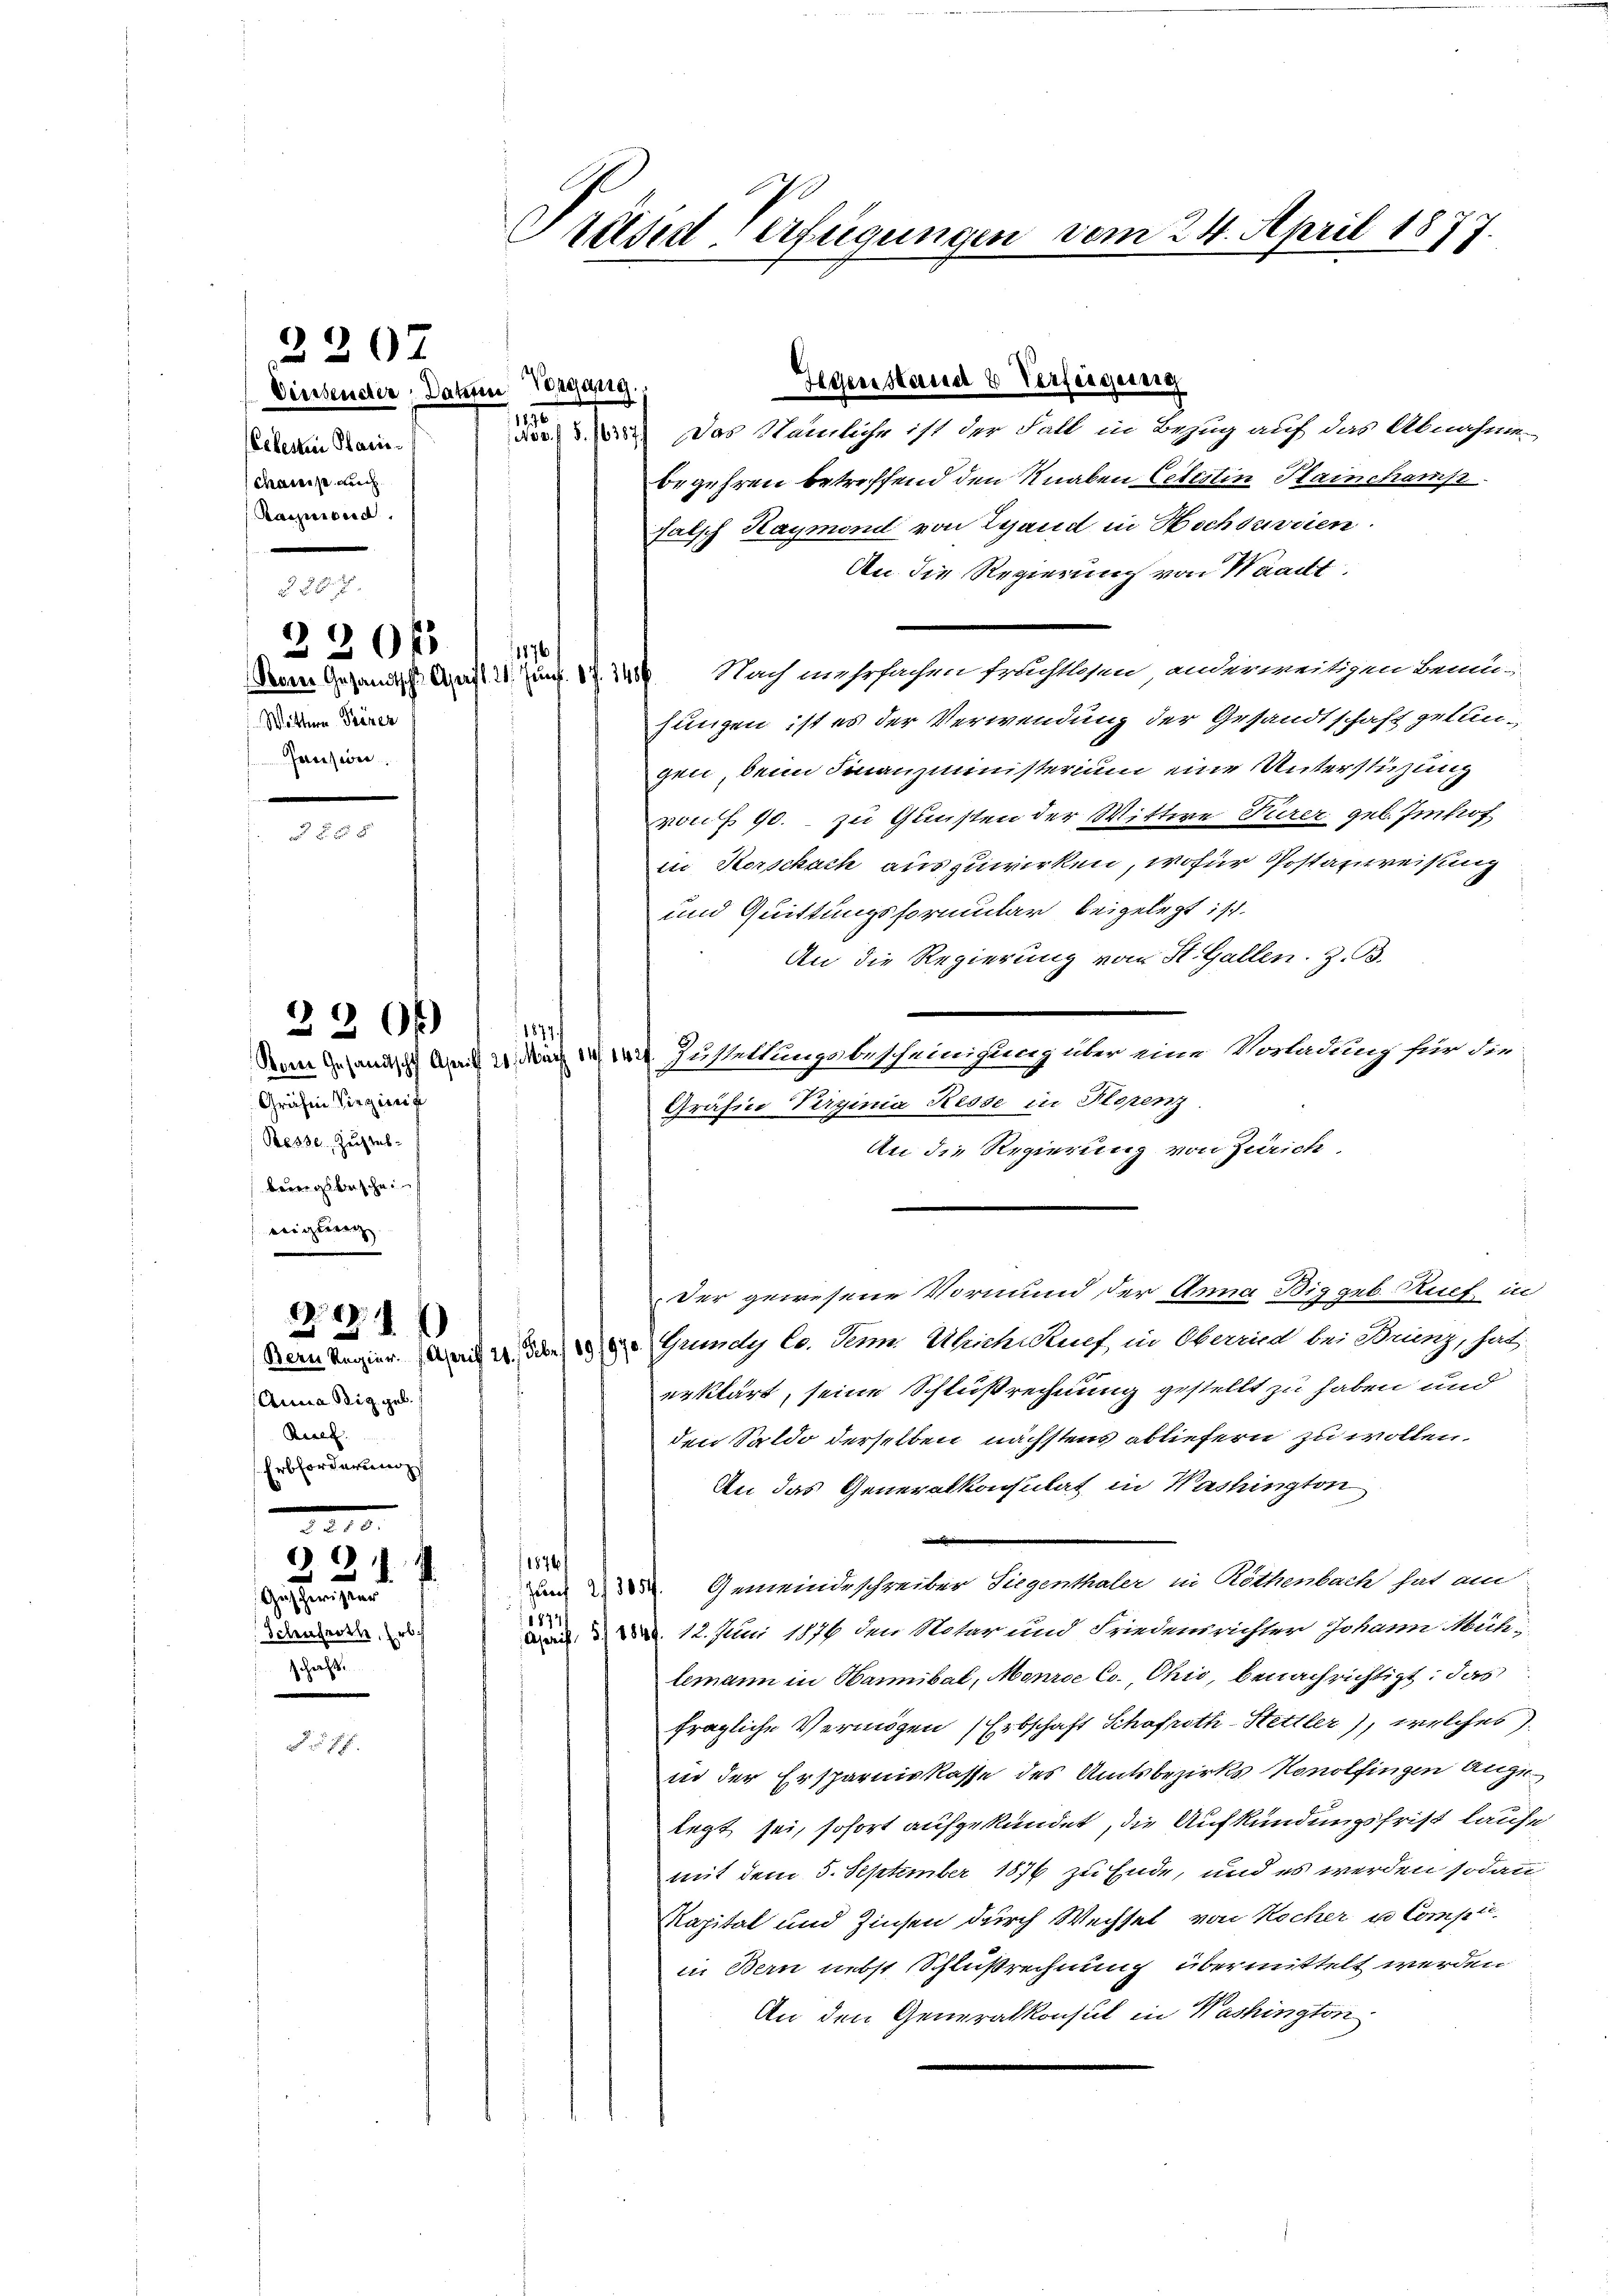
Celesen Paris
chanis durch
Paepcia

Pores Gesandtscht. April. 21. Junf. 8 f. 145
Wittwe Frener
Freesiden.

Gräfin Virginif
Besse, Zuchtes-
teungsbeschein
wichtung |

2207

230f

2206)

221)

Das Nämliche ist der Fall in Bezug auf das Abnahmen
begehren betreffend den Knaben Lebertin Plainchamst
falsch Kaymond von Land in Hochdavien
An die Regierung von Waadt,
Nach mehrfachen fruchtlosen anderweitigen Benuhungen ist es der Verwendung der Gesandtschaft gelungen, denn Finanzministerium eine Unterstüzung
von § 90. - zu Gunsten der Wittwe Nurer geb. Imhof
ii Horschach auszuwirken, wofür Postanweisung
und Quittungsformular beigelegt ist.
An die Regierung von St. Gallen. Z. B.
1877.
Denn sehend der Zustellungsbescheinigung über eine Vorladung für die
Gräfin Verginia Resse in Florenz.
An die Regierung von Zürich,
Der gewesene Vormund der Anna Big geb. Ruef in
Dem Regier. Den 2. die de Grundy le. Sei Uhichtuef in Oberrad bei Strunz, hat
erklärt, seine Schlußrechnung gestellt zu haben und
den Saldo derselben nächstens abliefern zu wollen.
An das Generalkonsulat in Washington
.
1876
m. Gemeindeschreiber Siegenthaler in Röthenbach hat am
1877/
 12. Juni 1876 den Notar und Friedensrichter Johann Mühi-
lemann in Hannibal, Monroe Co., Ohio, benachrichtigt; das
fragliche Vermögen Erbschaft Schafroth-Hettler), welches
in der Ersparniskasse des Amtsbezirks Konolfingen Ange
legt sei, sofort aufgekündet, die Aufkündungsfrist laufe
mit dem 5. September 1876 zu Ende, und es werden sodann
Kapital und Zinsen durch Wechsel von Kocher u. Compi
in Bern nebst Schlußrechnung übermittelt werden
An den Generalkonsul in Washington

Anna Stig geb.
Brief
Erbforderung

Geischerister
Schenfrothe, Erb
Gerst

F

22.10.
6
3

Deissender Datum Wegang.

Präsid-Verfügungen vom 24. April 1877.

1876

Gegenstand & Verfeigeng